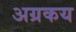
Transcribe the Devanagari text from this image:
अग्रकय